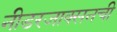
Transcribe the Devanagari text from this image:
नीडरजाक्सनची